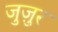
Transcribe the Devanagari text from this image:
जुज़ुर